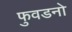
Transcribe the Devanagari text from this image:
फुवडनो